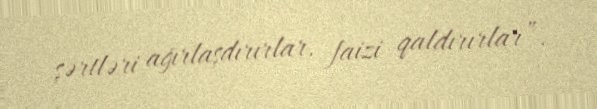
şərtləri ağırlaşdırırlar, faizi qaldırırlar”.